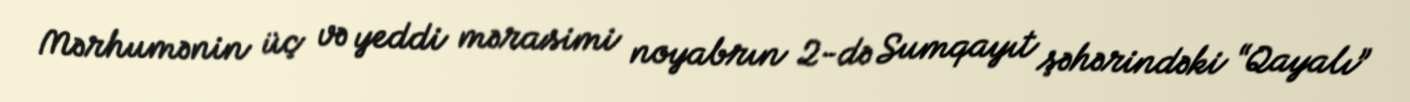
Mərhumənin üç və yeddi mərasimi noyabrın 2-də Sumqayıt şəhərindəki “Qayalı”